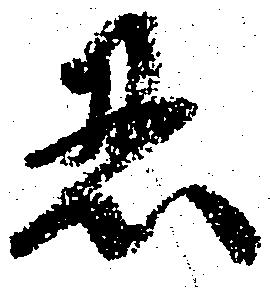
忍